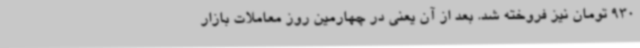
930 تومان نیز فروخته شد. بعد از آن یعنی در چهارمین روز معاملات بازار